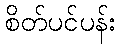
စိတ်ပင်ပန်း